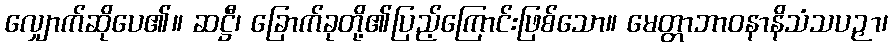
လျှောက်ဆိုပေ၏။ ဆဋ္ဌီ၊ ခြောက်ခုတို့၏ပြည့်ကြောင်းဖြစ်သော။ မေတ္တာဘာဝနာနိသံသပဉှာ၊